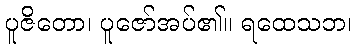
ပူဇိတော၊ ပူဇော်အပ်၏။ ရထေသဘ၊